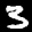
Label: 3